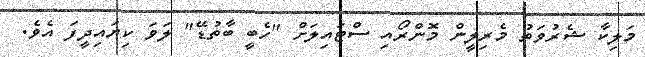
މަލިކާ ޝެރުވަތު މެރިލީން މޮންރޯއި ސްޓައިލަށް "ހެބީ ބާތުޑޭ" ލަވަ ކިޔައިދީފަ އެވެ.